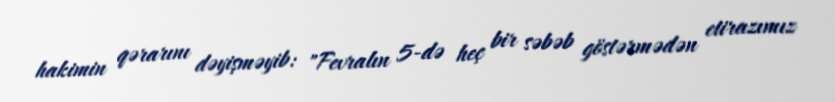
hakimin qərarını dəyişməyib: "Fevralın 5-də heç bir səbəb göstərmədən etirazımız